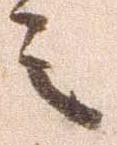
之